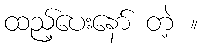
ထည့်ပေးနော် တဲ့ ။